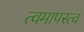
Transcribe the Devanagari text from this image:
त्वमापस्त्वं